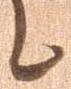
に